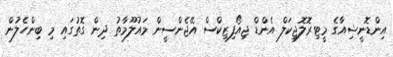
އިންޑޮނީޝިއާގެ މީޓިރޮލޮޖިކަލް އެންޑް ޖިއޯފިޒިކްސް އޭޖެންސީން މައުލޫމާތު ދިން ގޮތުގައި މި ބިންހެލުން